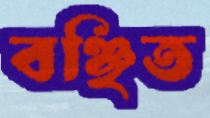
বঞ্ছিত